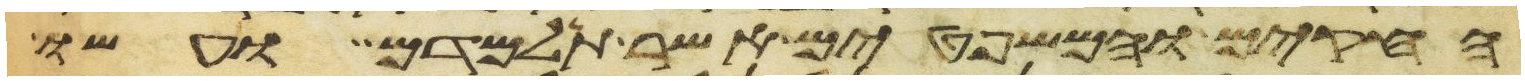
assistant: החקים והמשפטים אשר תלמדם ועשו